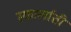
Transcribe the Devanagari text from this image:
स्कार्लाती